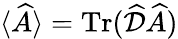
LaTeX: \langle\widehat{A}\rangle=\operatorname{Tr}(\widehat{\cal D}\widehat{A})